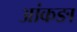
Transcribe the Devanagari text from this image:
आंकङा